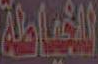
للخياطة